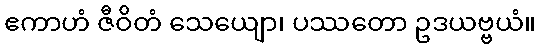
ဧကာဟံ ဇီဝိတံ သေယျော၊ ပဿတော ဥဒယဗ္ဗယံ။